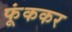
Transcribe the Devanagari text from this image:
फूंककर